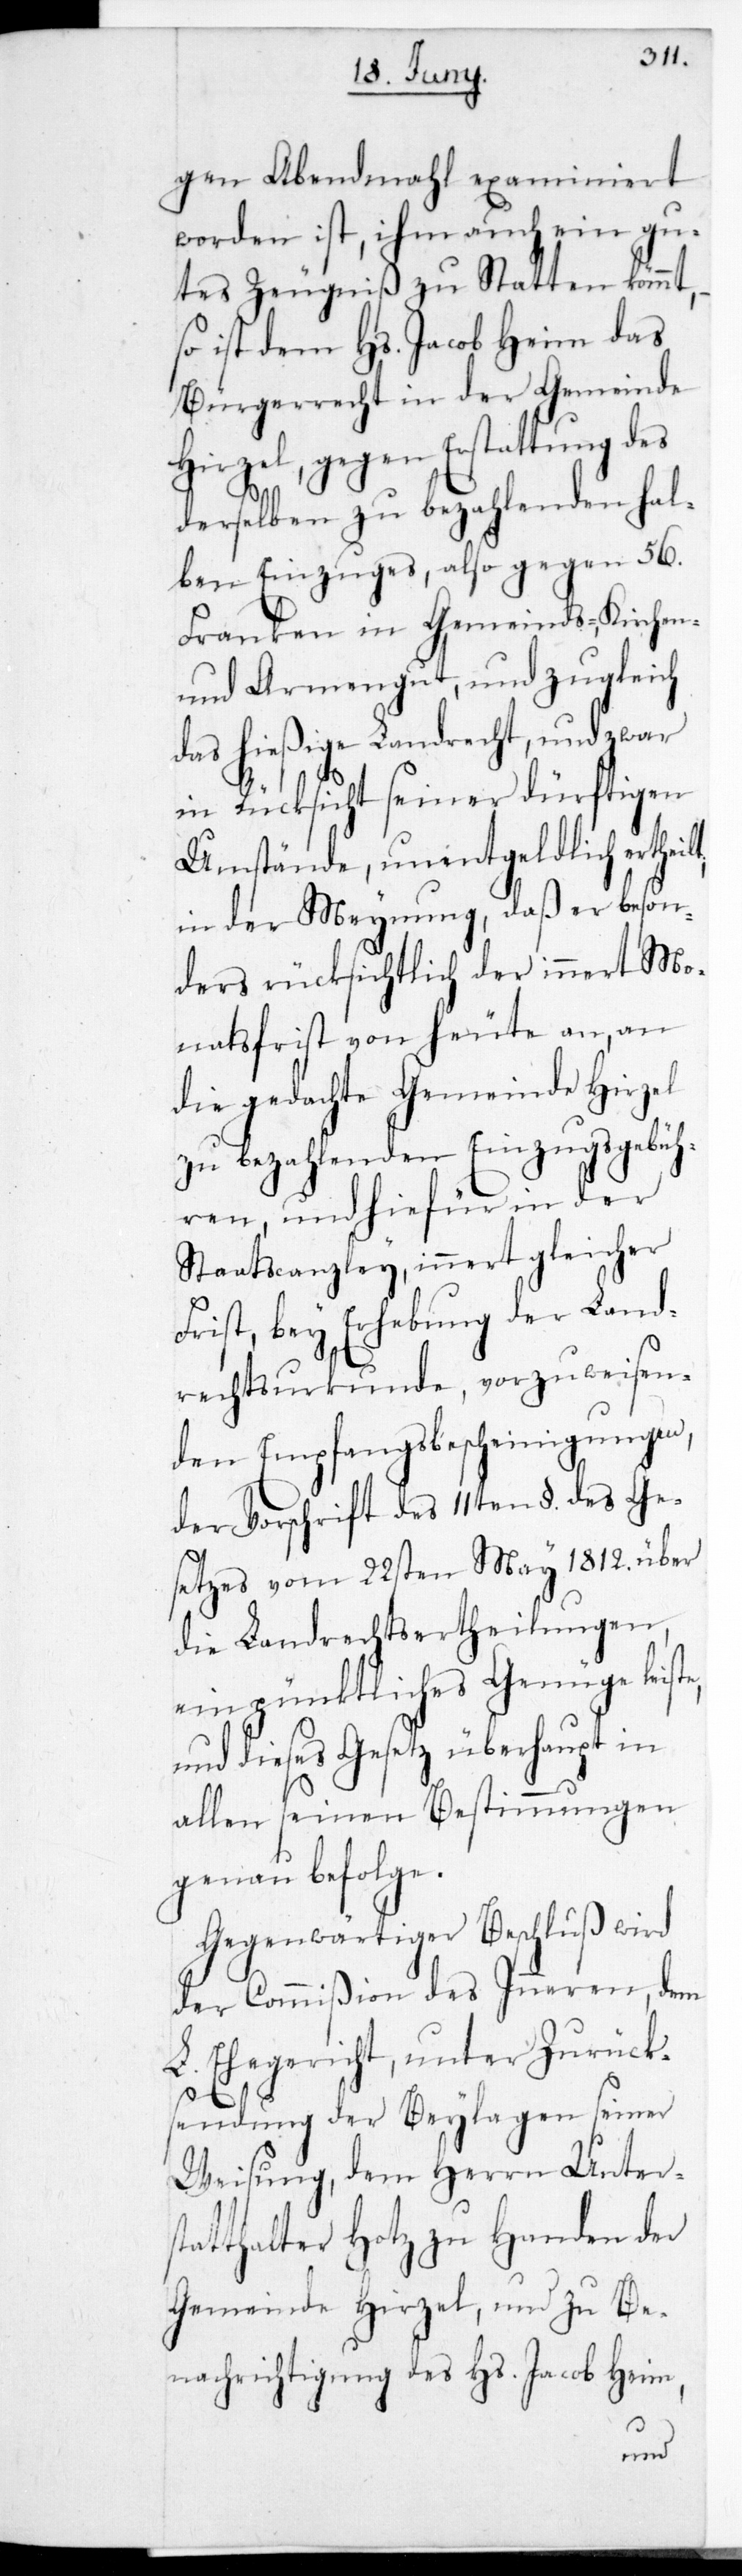
gen Abendmahl examiniert
worden ist, ihm auch ein gu¬
tes Zeugniß zustatten kommt,
so ist dem Hs. Jacob Heim das
Bürgerrecht in der
Hirzel, gegen Erstat¬
derselben zu bezahlenden
ben Einzuges, also gegen 56.
Franken in Gemeinds-,
und Armengut, und zugle¬
das hießige Landrecht, und zwar
in Rücksicht seiner dürftigen
Umstände, unentgeldlich
in der Meynung, daß er beson¬
ders rücksichtlich der innert Mo¬
natsfrist von heute an, an
die gedachte Gemeinde Hirzel
zu bezahlenden Einzugsgebüh¬
ren und hiefür in der
Staatscanzley, innert gleicher
rhaupt
Frist, bey Erhebung
rechtsurkunde, vorz¬
gen
den Empfangs-Besch¬
der Vorschrift des 11ten
setzes vom 22sten May
die Landrechtserthe¬
ein pünktliches
und dieses Gesetz übe¬
allen seinen Bestim¬
genau befolge.
Gegenwärtiger Beschluß wird
n, dem
der Commißion des Inne¬
L. Ehegericht, unter Zurück¬
sendung der Beylagen seiner
Weisung, dem Herren Unters¬
tatthalter Hotz zu Handen der
Gemeinde Hirzel, und zu Be¬
nachrichtigung des Hs. Jacob Heim,
mun¬

re¬